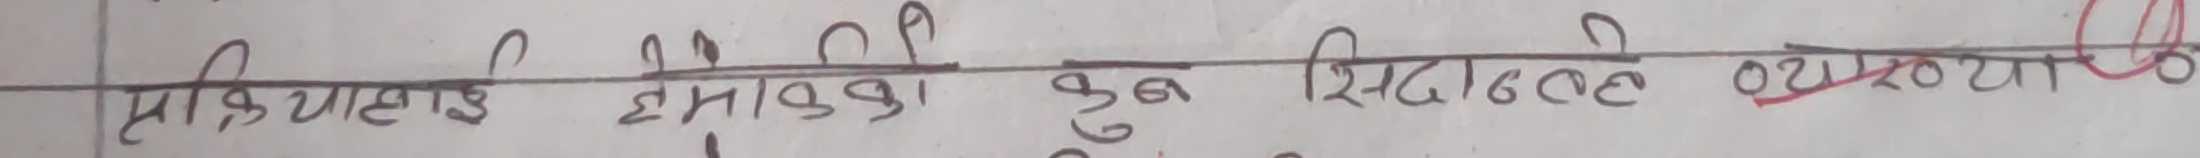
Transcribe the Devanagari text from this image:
सक्रियतालाई हेमिल्टनको सिद्धान्तले व्याख्या